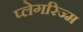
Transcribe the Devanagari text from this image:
प्लेगरिज्म